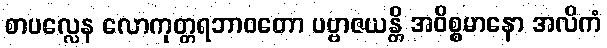
စာပလ္လေန လောကုတ္တရဘာဝတော ပဗ္ဗာဇယန္တိ အဝိစ္စမာနော အလိကံ